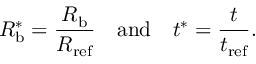
R _ { \mathrm { b } } ^ { * } = \frac { R _ { \mathrm { b } } } { R _ { \mathrm { r e f } } } \quad \mathrm { a n d } \quad t ^ { * } = \frac { t } { t _ { \mathrm { r e f } } } .